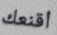
أقنعك